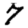
Digit: 7